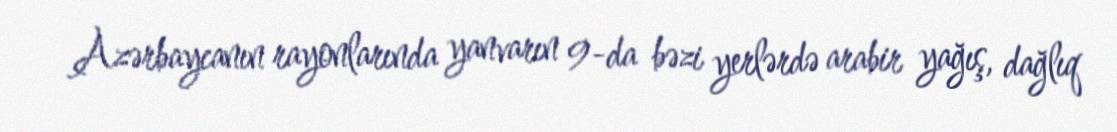
Azərbaycanın rayonlarında yanvarın 9-da bəzi yerlərdə arabir yağış, dağlıq